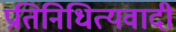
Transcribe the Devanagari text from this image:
प्रतिनिधित्यवादी